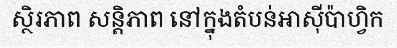
ស្ថិរភាព សន្តិភាព នៅក្នុងតំបន់អាស៊ីប៉ាហ្វិក